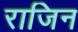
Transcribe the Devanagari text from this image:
राजिन